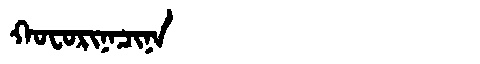
Manchu: ᡴᠣᠸᠣᡵᡳᠨᠠᠴᡳᠨᠠ
Romanization: KOFORINACINA